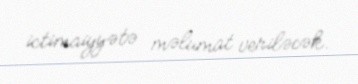
ictimaiyyətə məlumat veriləcək.